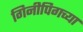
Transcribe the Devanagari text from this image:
गिनीपिगच्या